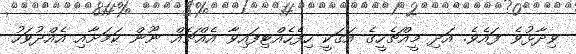
ވިދާޅުވެ ފައެވެ. އަދި މީއްޗެހީގެ އަގަކީ ހިފެހެއްޓިފައިވާ އެއްޗެއް ނޫން ކަމަށާއި އެއްދުވަހު